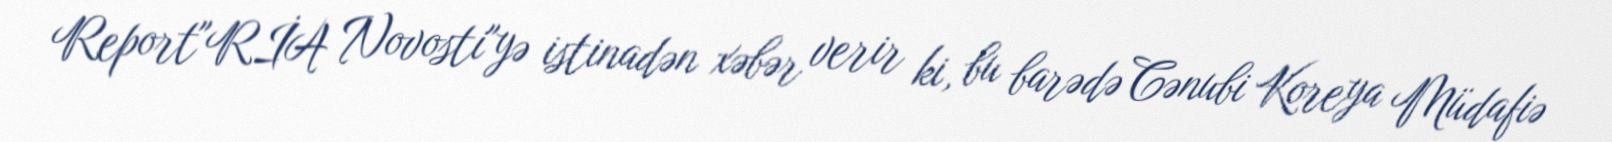
Report"RİA Novosti"yə istinadən xəbər verir ki, bu barədə Cənubi Koreya Müdafiə